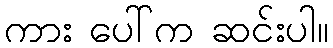
ကား ပေါ်က ဆင်းပါ။